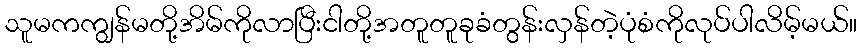
သူမကကျွန်မတို့အိမ်ကိုလာပြီးငါတို့အတူတူခုခံတွန်းလှန်တဲ့ပုံစံကိုလုပ်ပါလိမ့်မယ်။